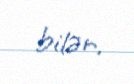
bilər.